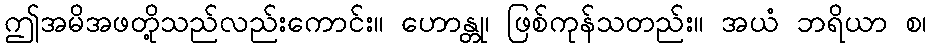
ဤအမိအဖတို့သည်လည်းကောင်း။ ဟောန္တု၊ ဖြစ်ကုန်သတည်း။ အယံ ဘရိယာ စ၊